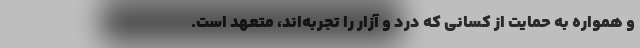
و همواره به حمایت از کسانی که درد و آزار را تجربه‌اند، متعهد است.